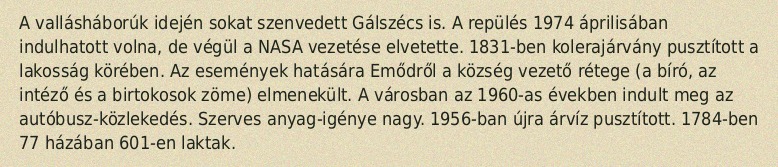
A vallásháborúk idején sokat szenvedett Gálszécs is. A repülés 1974 áprilisában indulhatott volna, de végül a NASA vezetése elvetette. 1831-ben kolerajárvány pusztított a lakosság körében. Az események hatására Emődről a község vezető rétege (a bíró, az intéző és a birtokosok zöme) elmenekült. A városban az 1960-as években indult meg az autóbusz-közlekedés. Szerves anyag-igénye nagy. 1956-ban újra árvíz pusztított. 1784-ben 77 házában 601-en laktak.